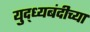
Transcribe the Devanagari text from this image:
युद्ध्यबंदीच्या